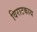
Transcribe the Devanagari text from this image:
विराटकाय